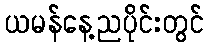
ယမန်နေ့ညပိုင်းတွင်